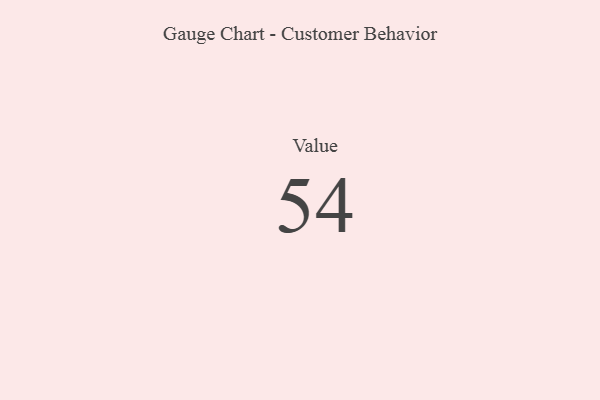
{"axis": {"x": "Metric", "y": "Value"}, "legend": [""], "data": [{"x": "Value", "y": 54, "type": ""}]}